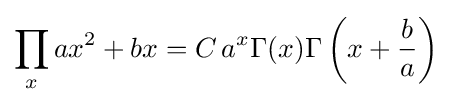
\prod _{x}ax^{2}+bx=C\,a^{x}\Gamma (x)\Gamma \left(x+{\frac {b}{a}}\right)